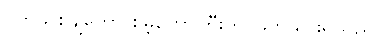
ဝက်သစ်ချတော စိမ့်တောကြီးကို ဖြတ်သွားရသည်။